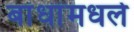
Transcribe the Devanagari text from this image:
बांधांमधले